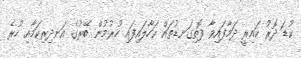
ކުޑަ ދޮރު ކައިރީ ދަމާފައިވާ ފޮތިގަނޑުތައް ކަހާލައިފައި ހުރުމުން ބޭރުގެ އަނދިރިކަމާއި ހުރެ